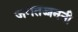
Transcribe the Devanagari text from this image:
जगतज्जननी